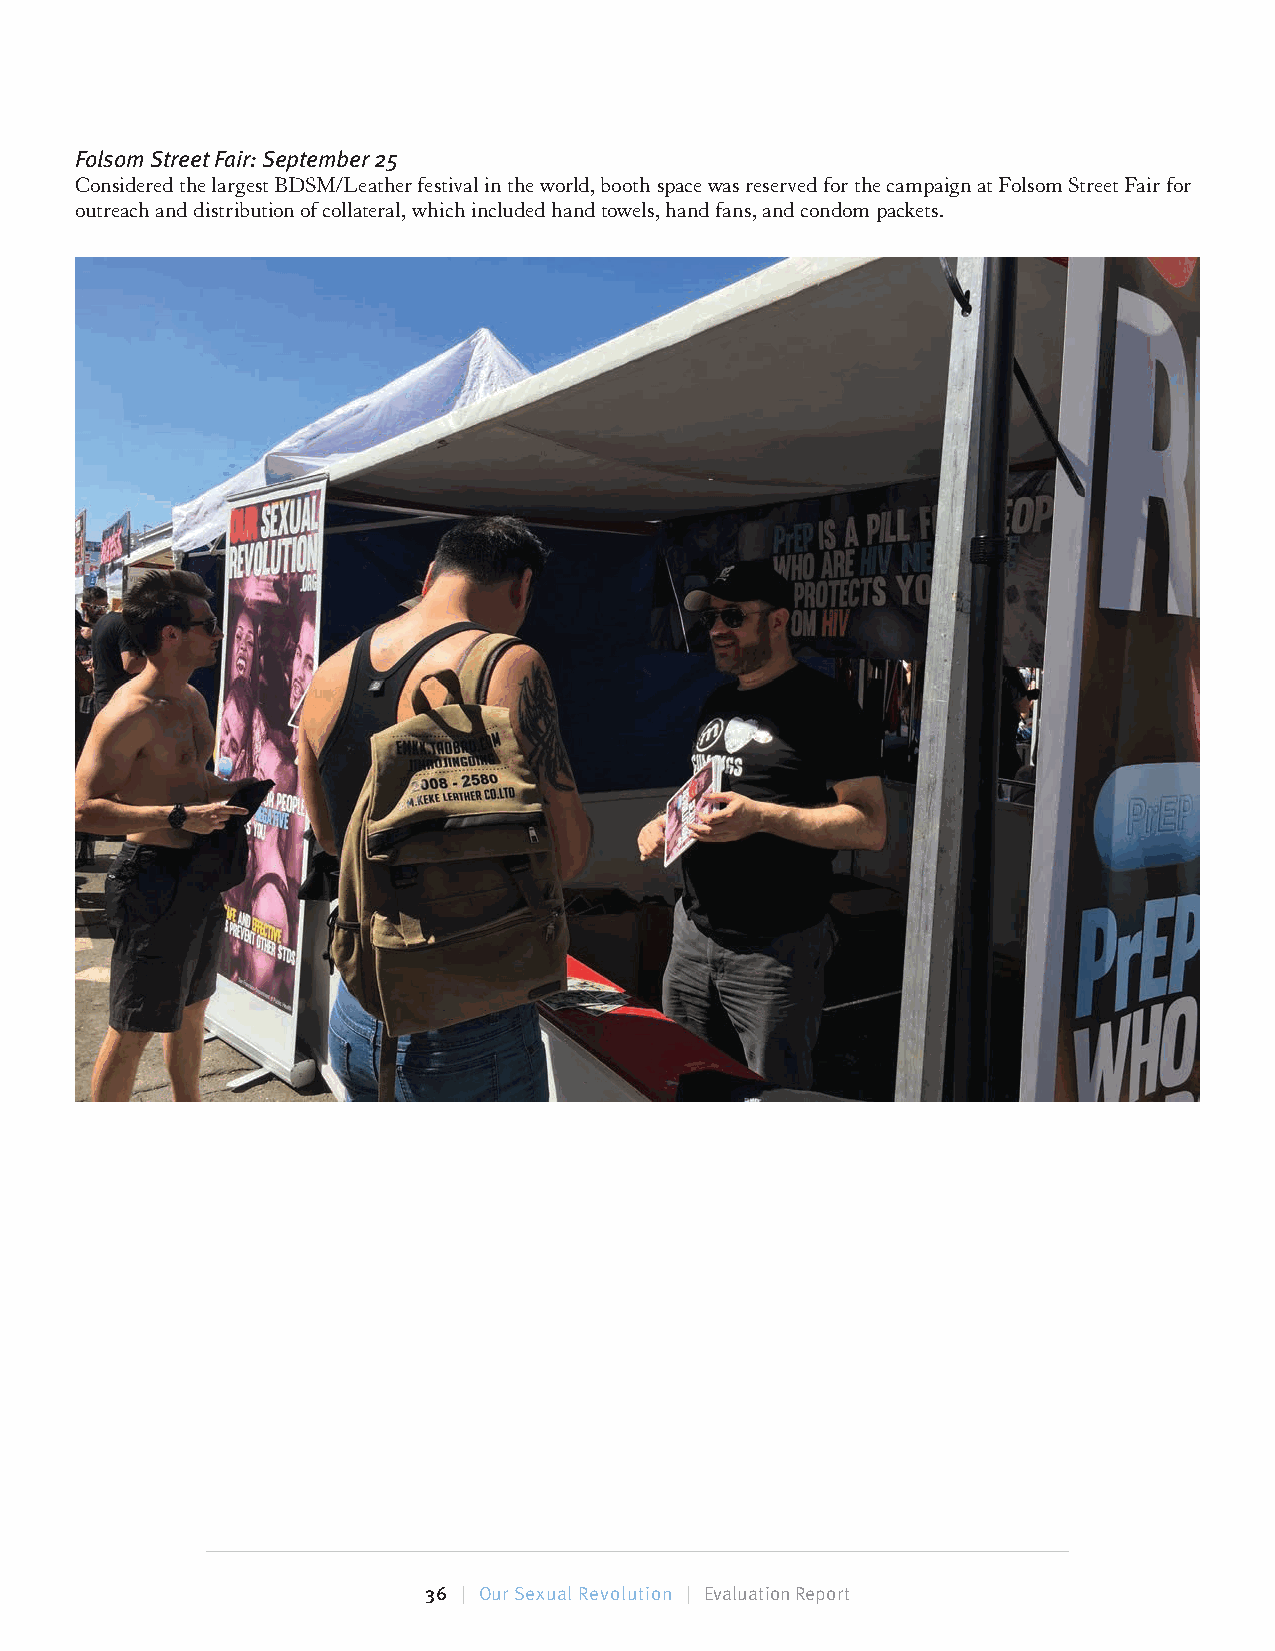
Folsom Street Fair: September 25
 Considered the largest BDSM/Leather festival in the world, booth space was reserved for the campaign at Folsom Street Fair for
 outreach and distribution of collateral, which included hand towels, hand fans, and condom packets.
 36 | Our Sexual Revolution | Evaluation Report